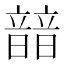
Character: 䪭